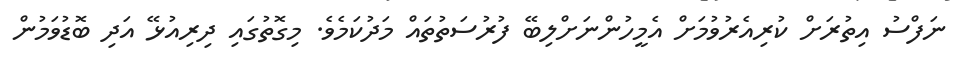
ނަފްސު އިތުރަށް ކުރިއެރުވުމަށް އެމީހުންނަށްލިބޭ ފުރުސަތުތައް މަދުކަމެވެ. މިގޮތުގައި ދިރިއުޅޭ އަދި ބޮޑުވަމުން